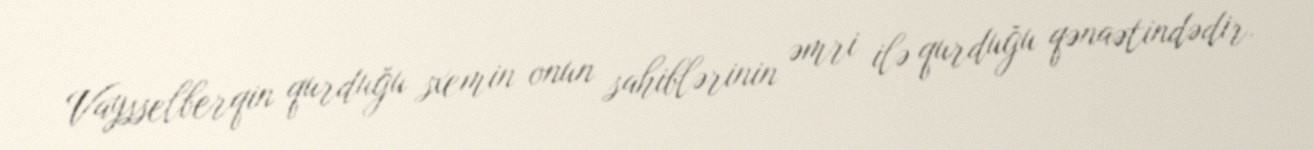
Vaysselberqin qurduğu sxemin onun sahiblərinin əmri ilə qurduğu qənaətindədir.